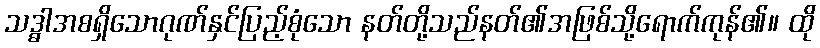
သဒ္ဓါအစရှိသောဂုဏ်နှင်ပြည့်စုံသော နတ်တို့သည်နတ်၏အဖြစ်သို့ရောက်ကုန်၏။ ထို